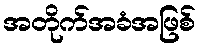
အတိုက်အခံအဖြစ်